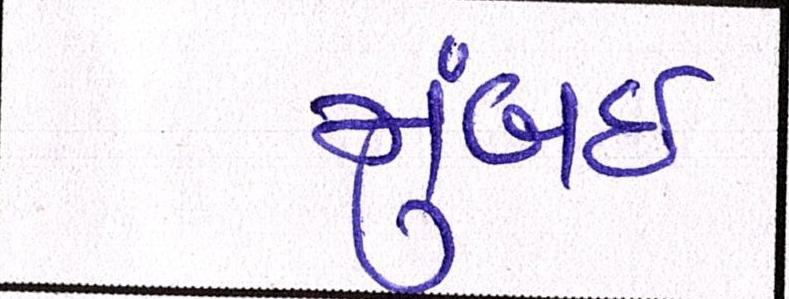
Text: મુંબઇઃ